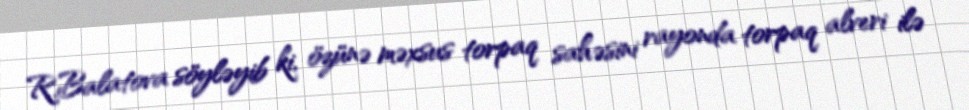
R.Balatova söyləyib ki, özünə məxsus torpaq sahəsini rayonda torpaq alveri ilə